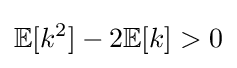
\mathbb {E} [k^{2}]-2\mathbb {E} [k]>0